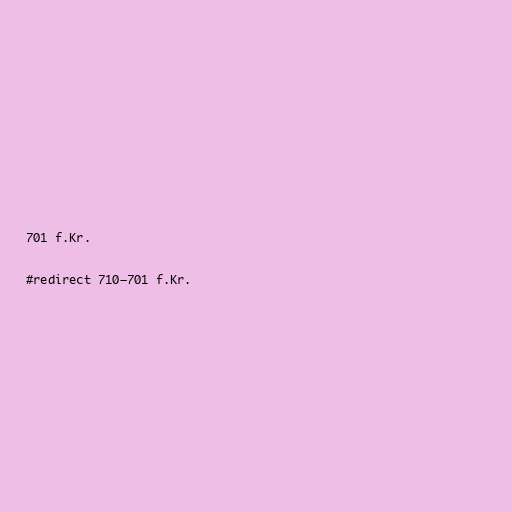
701 f.Kr.

#redirect 710–701 f.Kr.